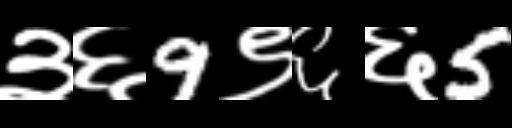
Text: ३६9९६६5